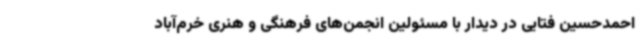
احمدحسین فتایی در دیدار با مسئولین انجمن‌های فرهنگی و هنری خرم‌آباد